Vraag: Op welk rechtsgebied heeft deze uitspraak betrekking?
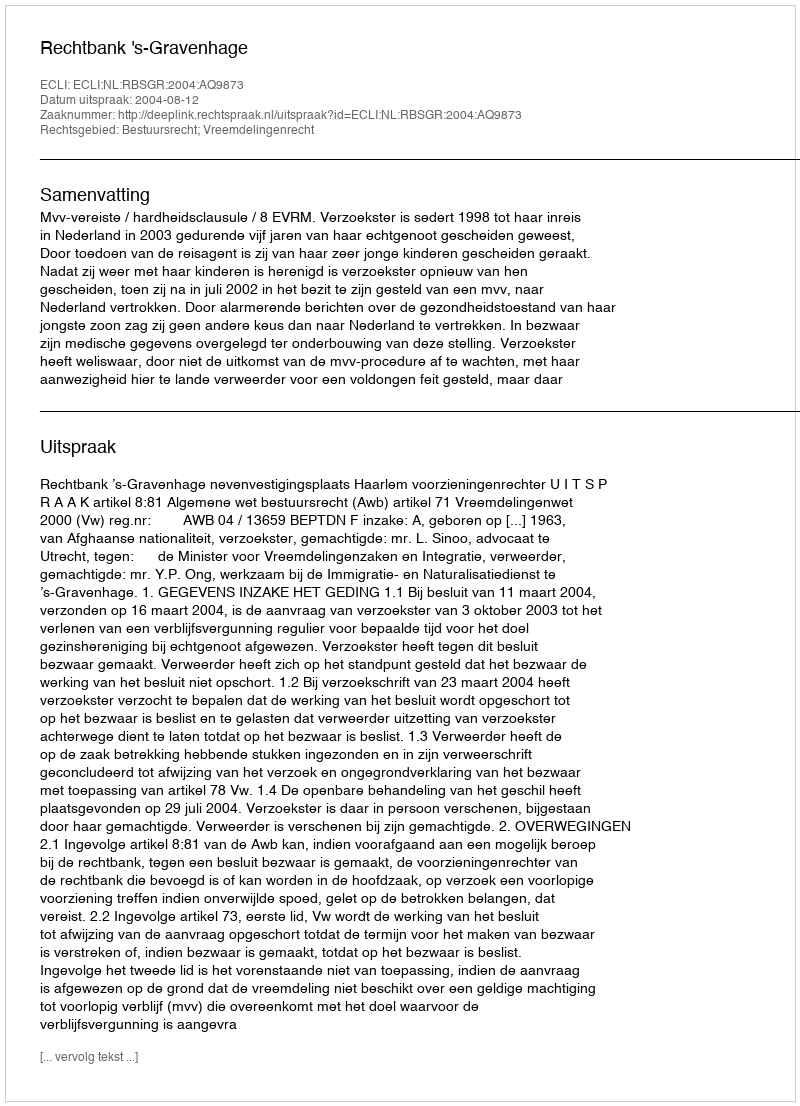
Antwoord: Bestuursrecht; Vreemdelingenrecht